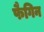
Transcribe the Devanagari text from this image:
फैगिन